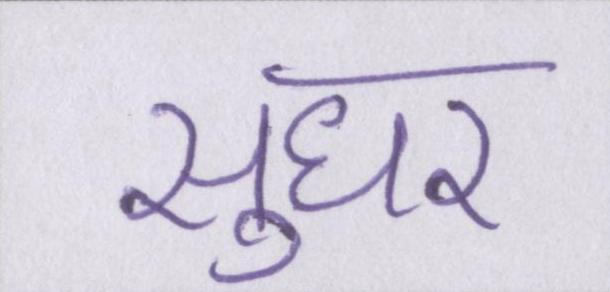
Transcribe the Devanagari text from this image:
सुधर